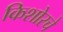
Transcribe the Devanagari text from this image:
किशोरचे